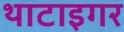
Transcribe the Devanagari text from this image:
थाटाइगर